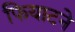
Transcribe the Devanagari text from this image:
फियाटने